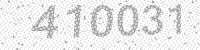
Solution: 410031